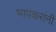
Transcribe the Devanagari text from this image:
भापकरांनी